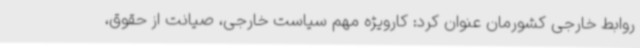
روابط خارجی کشورمان عنوان کرد: کارویژه مهم سیاست خارجی، صیانت از حقوق،